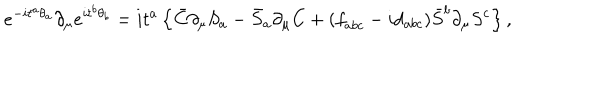
LaTeX: e ^ { - i { t } ^ { a } { \theta } _ { a } } \partial _ { \mu } e ^ { i { t } ^ { b } { \theta } _ { b } } = i { t } ^ { a } \left\{ \bar { C } \partial _ { \mu } S _ { a } - \bar { S } _ { a } \partial _ { \mu } C + ( { f } _ { a b c } - i { d } _ { a b c } ) \bar { S } ^ { b } \partial _ { \mu } { S } ^ { c } \right\} ,